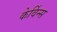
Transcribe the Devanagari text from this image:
केर्विन्स